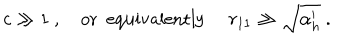
LaTeX: c \gg 1 \ , \mathrm { o r \ \ e q u i v a l e n t l y } \ r _ { 1 1 } \gg \sqrt { \alpha _ { h } ^ { \prime } } \ .